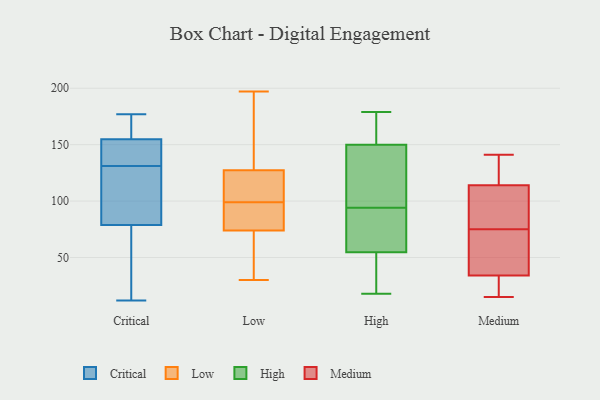
{"axis": {"x": "Active Users", "y": "Value"}, "legend": ["Critical", "High", "Low", "Medium"], "data": [{"x": "", "y": 135, "type": "Critical"}, {"x": "", "y": 84, "type": "Critical"}, {"x": "", "y": 131, "type": "Critical"}, {"x": "", "y": 12, "type": "Critical"}, {"x": "", "y": 175, "type": "Critical"}, {"x": "", "y": 177, "type": "Critical"}, {"x": "", "y": 100, "type": "Critical"}, {"x": "", "y": 48, "type": "Critical"}, {"x": "", "y": 175, "type": "Critical"}, {"x": "", "y": 125, "type": "Critical"}, {"x": "", "y": 63, "type": "Critical"}, {"x": "", "y": 139, "type": "Critical"}, {"x": "", "y": 148, "type": "Critical"}, {"x": "", "y": 82, "type": "Low"}, {"x": "", "y": 180, "type": "Low"}, {"x": "", "y": 99, "type": "Low"}, {"x": "", "y": 87, "type": "Low"}, {"x": "", "y": 197, "type": "Low"}, {"x": "", "y": 115, "type": "Low"}, {"x": "", "y": 43, "type": "Low"}, {"x": "", "y": 125, "type": "Low"}, {"x": "", "y": 30, "type": "Low"}, {"x": "", "y": 50, "type": "Low"}, {"x": "", "y": 134, "type": "Low"}, {"x": "", "y": 87, "type": "Low"}, {"x": "", "y": 123, "type": "Low"}, {"x": "", "y": 91, "type": "High"}, {"x": "", "y": 165, "type": "High"}, {"x": "", "y": 172, "type": "High"}, {"x": "", "y": 60, "type": "High"}, {"x": "", "y": 18, "type": "High"}, {"x": "", "y": 27, "type": "High"}, {"x": "", "y": 145, "type": "High"}, {"x": "", "y": 102, "type": "High"}, {"x": "", "y": 179, "type": "High"}, {"x": "", "y": 94, "type": "High"}, {"x": "", "y": 135, "type": "High"}, {"x": "", "y": 39, "type": "High"}, {"x": "", "y": 64, "type": "High"}, {"x": "", "y": 15, "type": "Medium"}, {"x": "", "y": 62, "type": "Medium"}, {"x": "", "y": 65, "type": "Medium"}, {"x": "", "y": 20, "type": "Medium"}, {"x": "", "y": 114, "type": "Medium"}, {"x": "", "y": 34, "type": "Medium"}, {"x": "", "y": 141, "type": "Medium"}, {"x": "", "y": 120, "type": "Medium"}, {"x": "", "y": 85, "type": "Medium"}, {"x": "", "y": 85, "type": "Medium"}]}